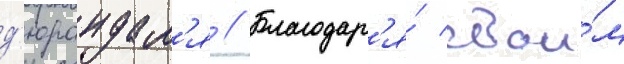
д'юрандал'я // Благодар'я́ свои́м